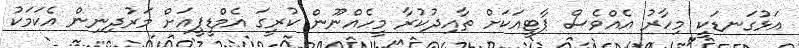
އަޅުގަނޑަކީ މިހާރު އެއްވެސް ޕާޓީއަކަށް ތާއިދުކުރާ މީހެއްނޫން ކުރީގަ އެމްޑީޕީއަށް މަރުދިނިން އެކަމަކު